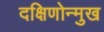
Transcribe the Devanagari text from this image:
दक्षिणोन्मुख